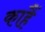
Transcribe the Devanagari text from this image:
काहैं